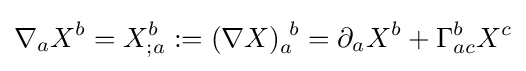
\nabla _{a}X^{b}=X_{;a}^{b}:=(\nabla X)_{a}^{\ b}=\partial _{a}X^{b}+\Gamma _{ac}^{b}X^{c}